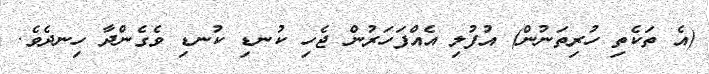
(އެ ތަކެތި ހުރިތަނުން) އުފުލި އެއްފަހަރުން ޖެހި ކުނޑި ކުނޑި ވެގެންދާ ހިނދެވެ.